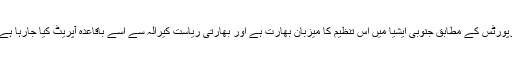
رپورٹس کے مطابق جنوبی ایشیا میں اس تنظیم کا میزبان بھارت ہے اور بھارتی ریاست کیرالہ سے اسے باقاعدہ آپریٹ کیا جارہا ہے۔